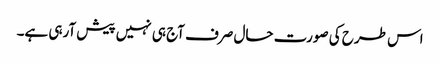
اس طرح کی صورت حال صرف آج ہی نہیں پیش آرہی ہے۔